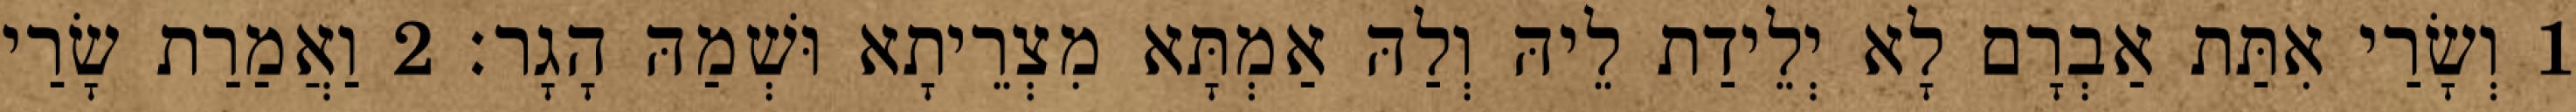
1 וְשָׂרַי אִתַּת אַבְרָם לָא יְלֵידַת לֵיהּ וְלַהּ אַמְתָּא מִצְרֵיתָא וּשְׁמַהּ הָגָר׃ 2 וַאֲמַרַת שָׂרַי